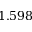
1 . 5 9 8